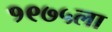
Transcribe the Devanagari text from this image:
१९७५ला